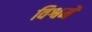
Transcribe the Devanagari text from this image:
विश्वमें